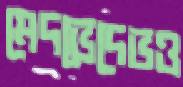
মেদভেদেভও